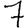
Digit: 7